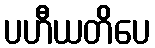
ပဟီယတိပေ